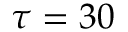
\tau = 3 0